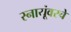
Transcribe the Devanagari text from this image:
स्नायूंवरचे